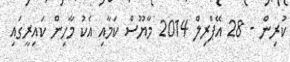
ކުރިން - 28 އޭޕްރިލް 2014 މާޔޫސް ކަމާއި އެކު މާހިން ކައިރީގައި